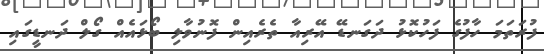
ފުރަތަމަ ހާފުގެ ފަހުކޮޅު ދަގަނޑޭ އޭރިއާ ތެރެއިން ފޮނުވާލި ބޯޅައެއް ގޯލް ދަނޑީގައި